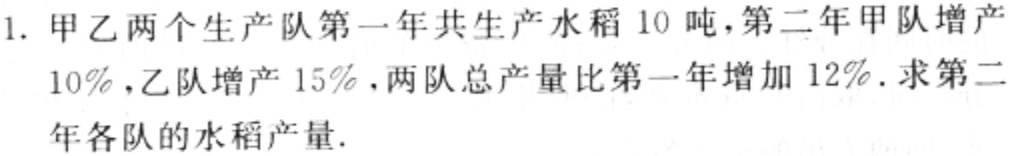
1. 甲乙两个生产队第一年共生产水稻 10 吨，第二年甲队增产
10%，乙队增产 15%，两队总产量比第一年增加 12%. 求第二
年各队的水稻产量.